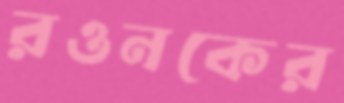
রওনকের